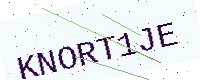
Text: KNORT1JE